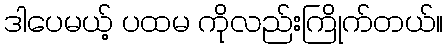
ဒါပေမယ့် ပထမ ကိုလည်းကြိုက်တယ်။